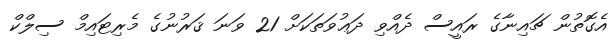
އެގޮތުން ޗައިނާގެ ރައީސް ދެއްވި ދަޢުވަތަކަށް 21 ވަނަ ޤަރުނުގެ މެރިޓައިމް ސިލްކް